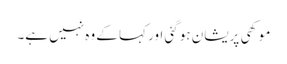
موکھی پریشان ہو گئی اور کہا کے وہ نہیں ہے۔